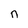
Character: n